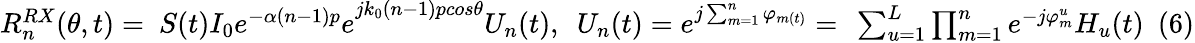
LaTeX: \begin{array}{r}{R_{n}^{RX}(\theta,t)=\ S(t){I_{0}e^{-\alpha(n-1)p}e}^{jk_{0}(n-1)pcos\theta}U_{n}(t),\ \ {U_{n}(t)=e}^{j\sum_{m=1}^{n}\varphi_{m(t)}}=\ \sum_{u=1}^{L}{\prod_{m=1}^{n}e^{-j\varphi_{m}^{u}}H_{u}(t)}\ \ (6)}\end{array}